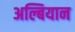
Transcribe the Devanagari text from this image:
अल्बियान